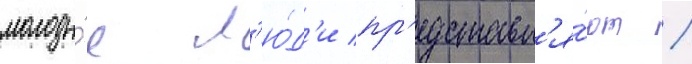
молоды́е л'ю́д'и пр'едставл'я́ют /